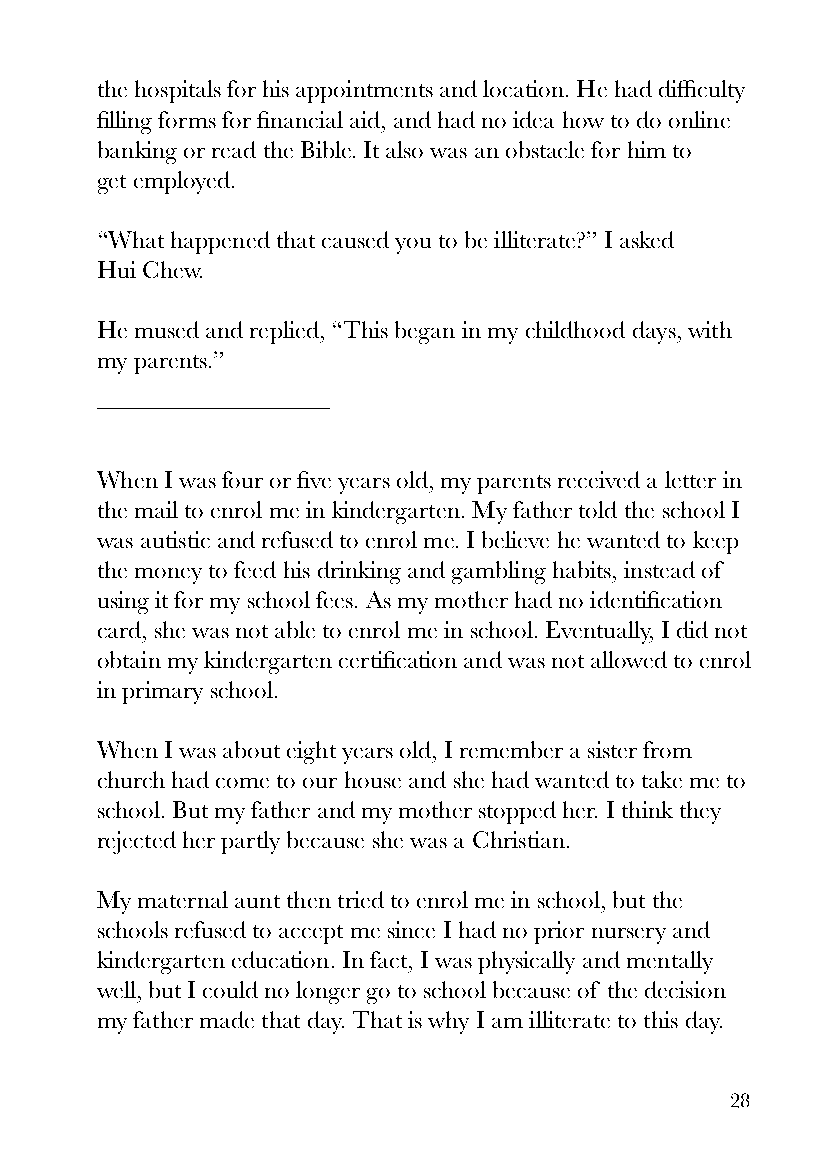
the hospitals for his appointments and location. He had difficulty
 filling forms for financial aid, and had no idea how to do online
 banking or read the Bible. It also was an obstacle for him to
 get employed.
 “What happened that caused you to be illiterate?” I asked
 Hui Chew.
 He mused and replied, “This began in my childhood days, with
 my parents.”
 When I was four or five years old, my parents received a letter in
 the mail to enrol me in kindergarten. My father told the school I
 was autistic and refused to enrol me. I believe he wanted to keep
 the money to feed his drinking and gambling habits, instead of
 using it for my school fees. As my mother had no identification
 card, she was not able to enrol me in school. Eventually, I did not
 obtain my kindergarten certification and was not allowed to enrol
 in primary school.
 When I was about eight years old, I remember a sister from
 church had come to our house and she had wanted to take me to
 school. But my father and my mother stopped her. I think they
 rejected her partly because she was a Christian.
 My maternal aunt then tried to enrol me in school, but the
 schools refused to accept me since I had no prior nursery and
 kindergarten education. In fact, I was physically and mentally
 well, but I could no longer go to school because of the decision
 my father made that day. That is why I am illiterate to this day.
 28